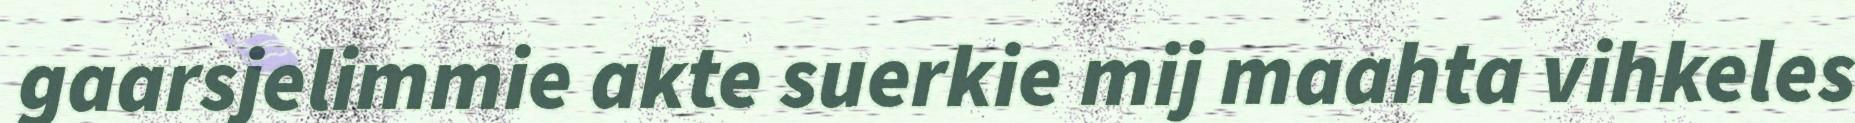
gaarsjelimmie akte suerkie mij maahta vihkeles